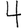
Digit: 4